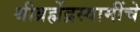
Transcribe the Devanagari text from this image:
श्रीब्रह्मेंद्रस्वामींचे